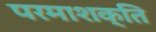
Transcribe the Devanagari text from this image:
परमाशक्ति